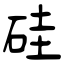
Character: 硅